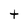
Character: t